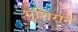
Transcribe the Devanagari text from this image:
भूशिराने